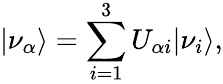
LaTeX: |\nu_{\alpha}\rangle=\sum_{i=1}^{3}U_{\alpha i}|\nu_{i}\rangle,